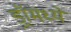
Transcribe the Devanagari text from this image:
ड्रॉमध्ये